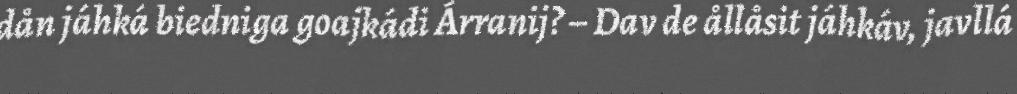
dån jáhká biedniga goajkádi Árranij? – Dav de ållåsit jáhkáv, javllá